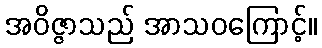
အဝိဇ္ဇာသည် အာသဝကြောင့်။